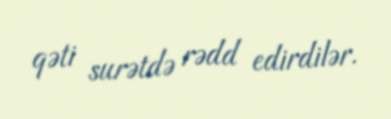
qəti surətdə rədd edirdilər.